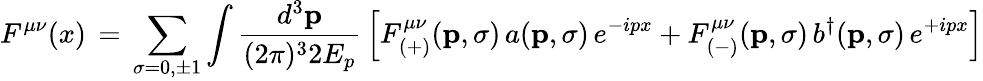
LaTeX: F^{\mu\nu}(x)\, =\, \sum_{\sigma=0,\pm 1}\int\frac{d^{3}{\mathbf p}}{(2\pi)^{3}2E_{p}}\, \left[F_{(+)}^{\mu\nu}({\mathbf p},\sigma)\, a({\mathbf p},\sigma)\, e^{-ipx}+F_{(-)}^{\mu\nu}({\mathbf p},\sigma)\, b^{\dagger}({\mathbf p},\sigma)\, e^{+ipx}\right]